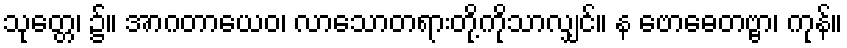
သုတ္တေ၊ ၌။ အာဂတာယေဝ၊ လာသောတရားတို့ကိုသာလျှင်။ န ဗောဓေတဗ္ဗာ၊ ကုန်။